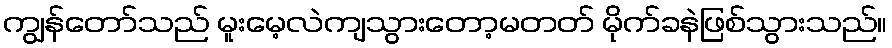
ကျွန်တော်သည် မူးမေ့လဲကျသွားတော့မတတ် မိုက်ခနဲဖြစ်သွားသည်။